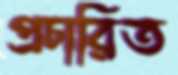
প্রচারিত